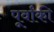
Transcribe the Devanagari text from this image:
पूर्वांकी